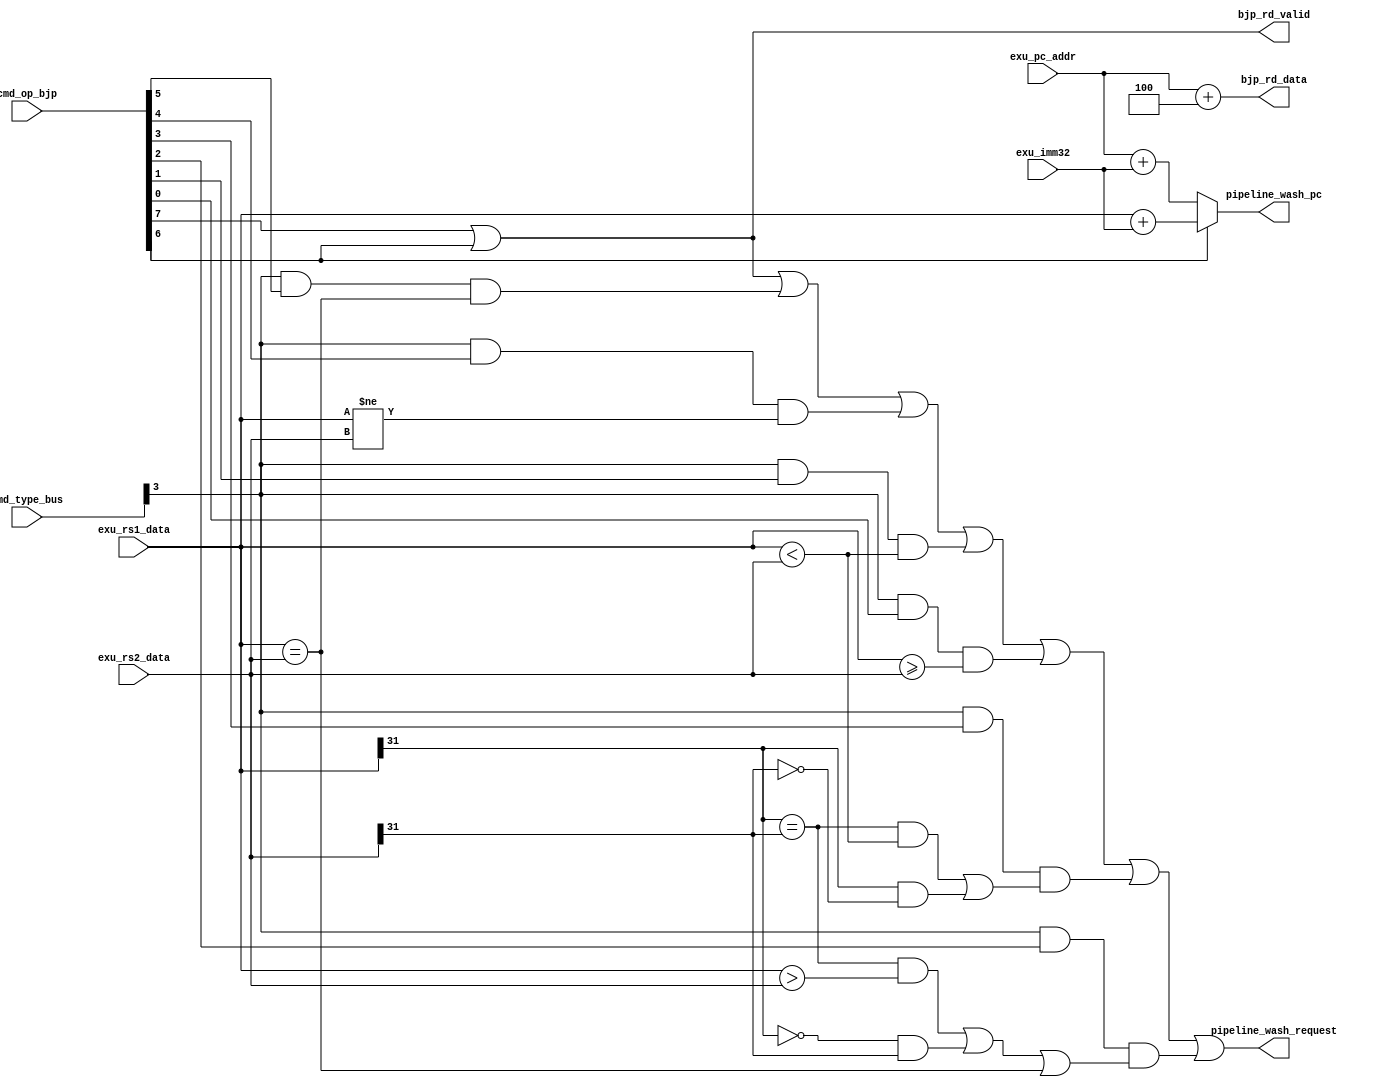
//-----------------------------------------------------------------------------
//   Copyright 2022 GanLing, 1577959692@qq.com
//
//   Licensed under the Apache License, Version 2.0 (the "License");
//   you may not use this file except in compliance with the License.
//   You may obtain a copy of the License at
//
//       http://www.apache.org/licenses/LICENSE-2.0
//
//   Unless required by applicable law or agreed to in writing, software
//   distributed under the License is distributed on an "AS IS" BASIS,
//   WITHOUT WARRANTIES OR CONDITIONS OF ANY KIND, either express or implied.
//   See the License for the specific language governing permissions and
//   limitations under the License.
//-----------------------------------------------------------------------------

module core_c1_exu_bjp (

//
input   [31:0]	exu_pc_addr,
input   [31:0]	exu_rs1_data,
input   [31:0]	exu_rs2_data,
input   [31:0]	exu_imm32,

input   [7:0]   cmd_type_bus,	//
input   [7:0]   cmd_op_bjp,		//

output          bjp_rd_valid,
output  [31:0]  bjp_rd_data,

output          pipeline_wash_request,
output  [31:0]  pipeline_wash_pc

);

wire	cmd_type_bxx	=	cmd_type_bus[3];

wire	cmd_JAL	  =	cmd_op_bjp[7];
wire	cmd_JALR	=	cmd_op_bjp[6];
wire	cmd_BEQ	  =	cmd_type_bxx & cmd_op_bjp[5];
wire	cmd_BNE	  =	cmd_type_bxx & cmd_op_bjp[4];
wire	cmd_BLT	  =	cmd_type_bxx & cmd_op_bjp[3];
wire	cmd_BGE	  =	cmd_type_bxx & cmd_op_bjp[2];
wire	cmd_BLTU	=	cmd_type_bxx & cmd_op_bjp[1];
wire	cmd_BGEU	=	cmd_type_bxx & cmd_op_bjp[0];
//wire	cmd_Bxx	  =	cmd_BEQ|cmd_BNE|cmd_BLT|cmd_BGE|cmd_BLTU|cmd_BGEU;


//
wire	BEQ_jump		=	(cmd_BEQ & (exu_rs1_data == exu_rs2_data));
wire	BNE_jump		=	(cmd_BNE & (exu_rs1_data != exu_rs2_data));
wire	BLTU_jump	  =	(cmd_BLTU & (exu_rs1_data < exu_rs2_data));
wire	BGEU_jump	  =	(cmd_BGEU & (exu_rs1_data >= exu_rs2_data));
wire	BLT_jump		=	(cmd_BLT & (((exu_rs1_data[31]==exu_rs2_data[31])&(exu_rs1_data<exu_rs2_data))
						|	 ((exu_rs1_data[31]==1)&(exu_rs2_data[31]==0))));
wire	BGE_jump		=	(cmd_BGE & (((exu_rs1_data[31]==exu_rs2_data[31])&(exu_rs1_data>exu_rs2_data))
						|	 ((exu_rs1_data[31]==0)&(exu_rs2_data[31]==1))
						|	 (exu_rs1_data == exu_rs2_data)));

//
wire	bjp_taken	=	cmd_JAL | cmd_JALR | BEQ_jump | BNE_jump | BLTU_jump | BGEU_jump | BLT_jump | BGE_jump;

assign	pipeline_wash_request	=	bjp_taken;
assign	pipeline_wash_pc			= cmd_JALR ? exu_rs1_data + exu_imm32 : exu_pc_addr + exu_imm32;

assign	bjp_rd_valid  =	cmd_JAL | cmd_JALR;
assign	bjp_rd_data   =	exu_pc_addr + 32'd4;

endmodule